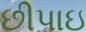
છીપાઇ